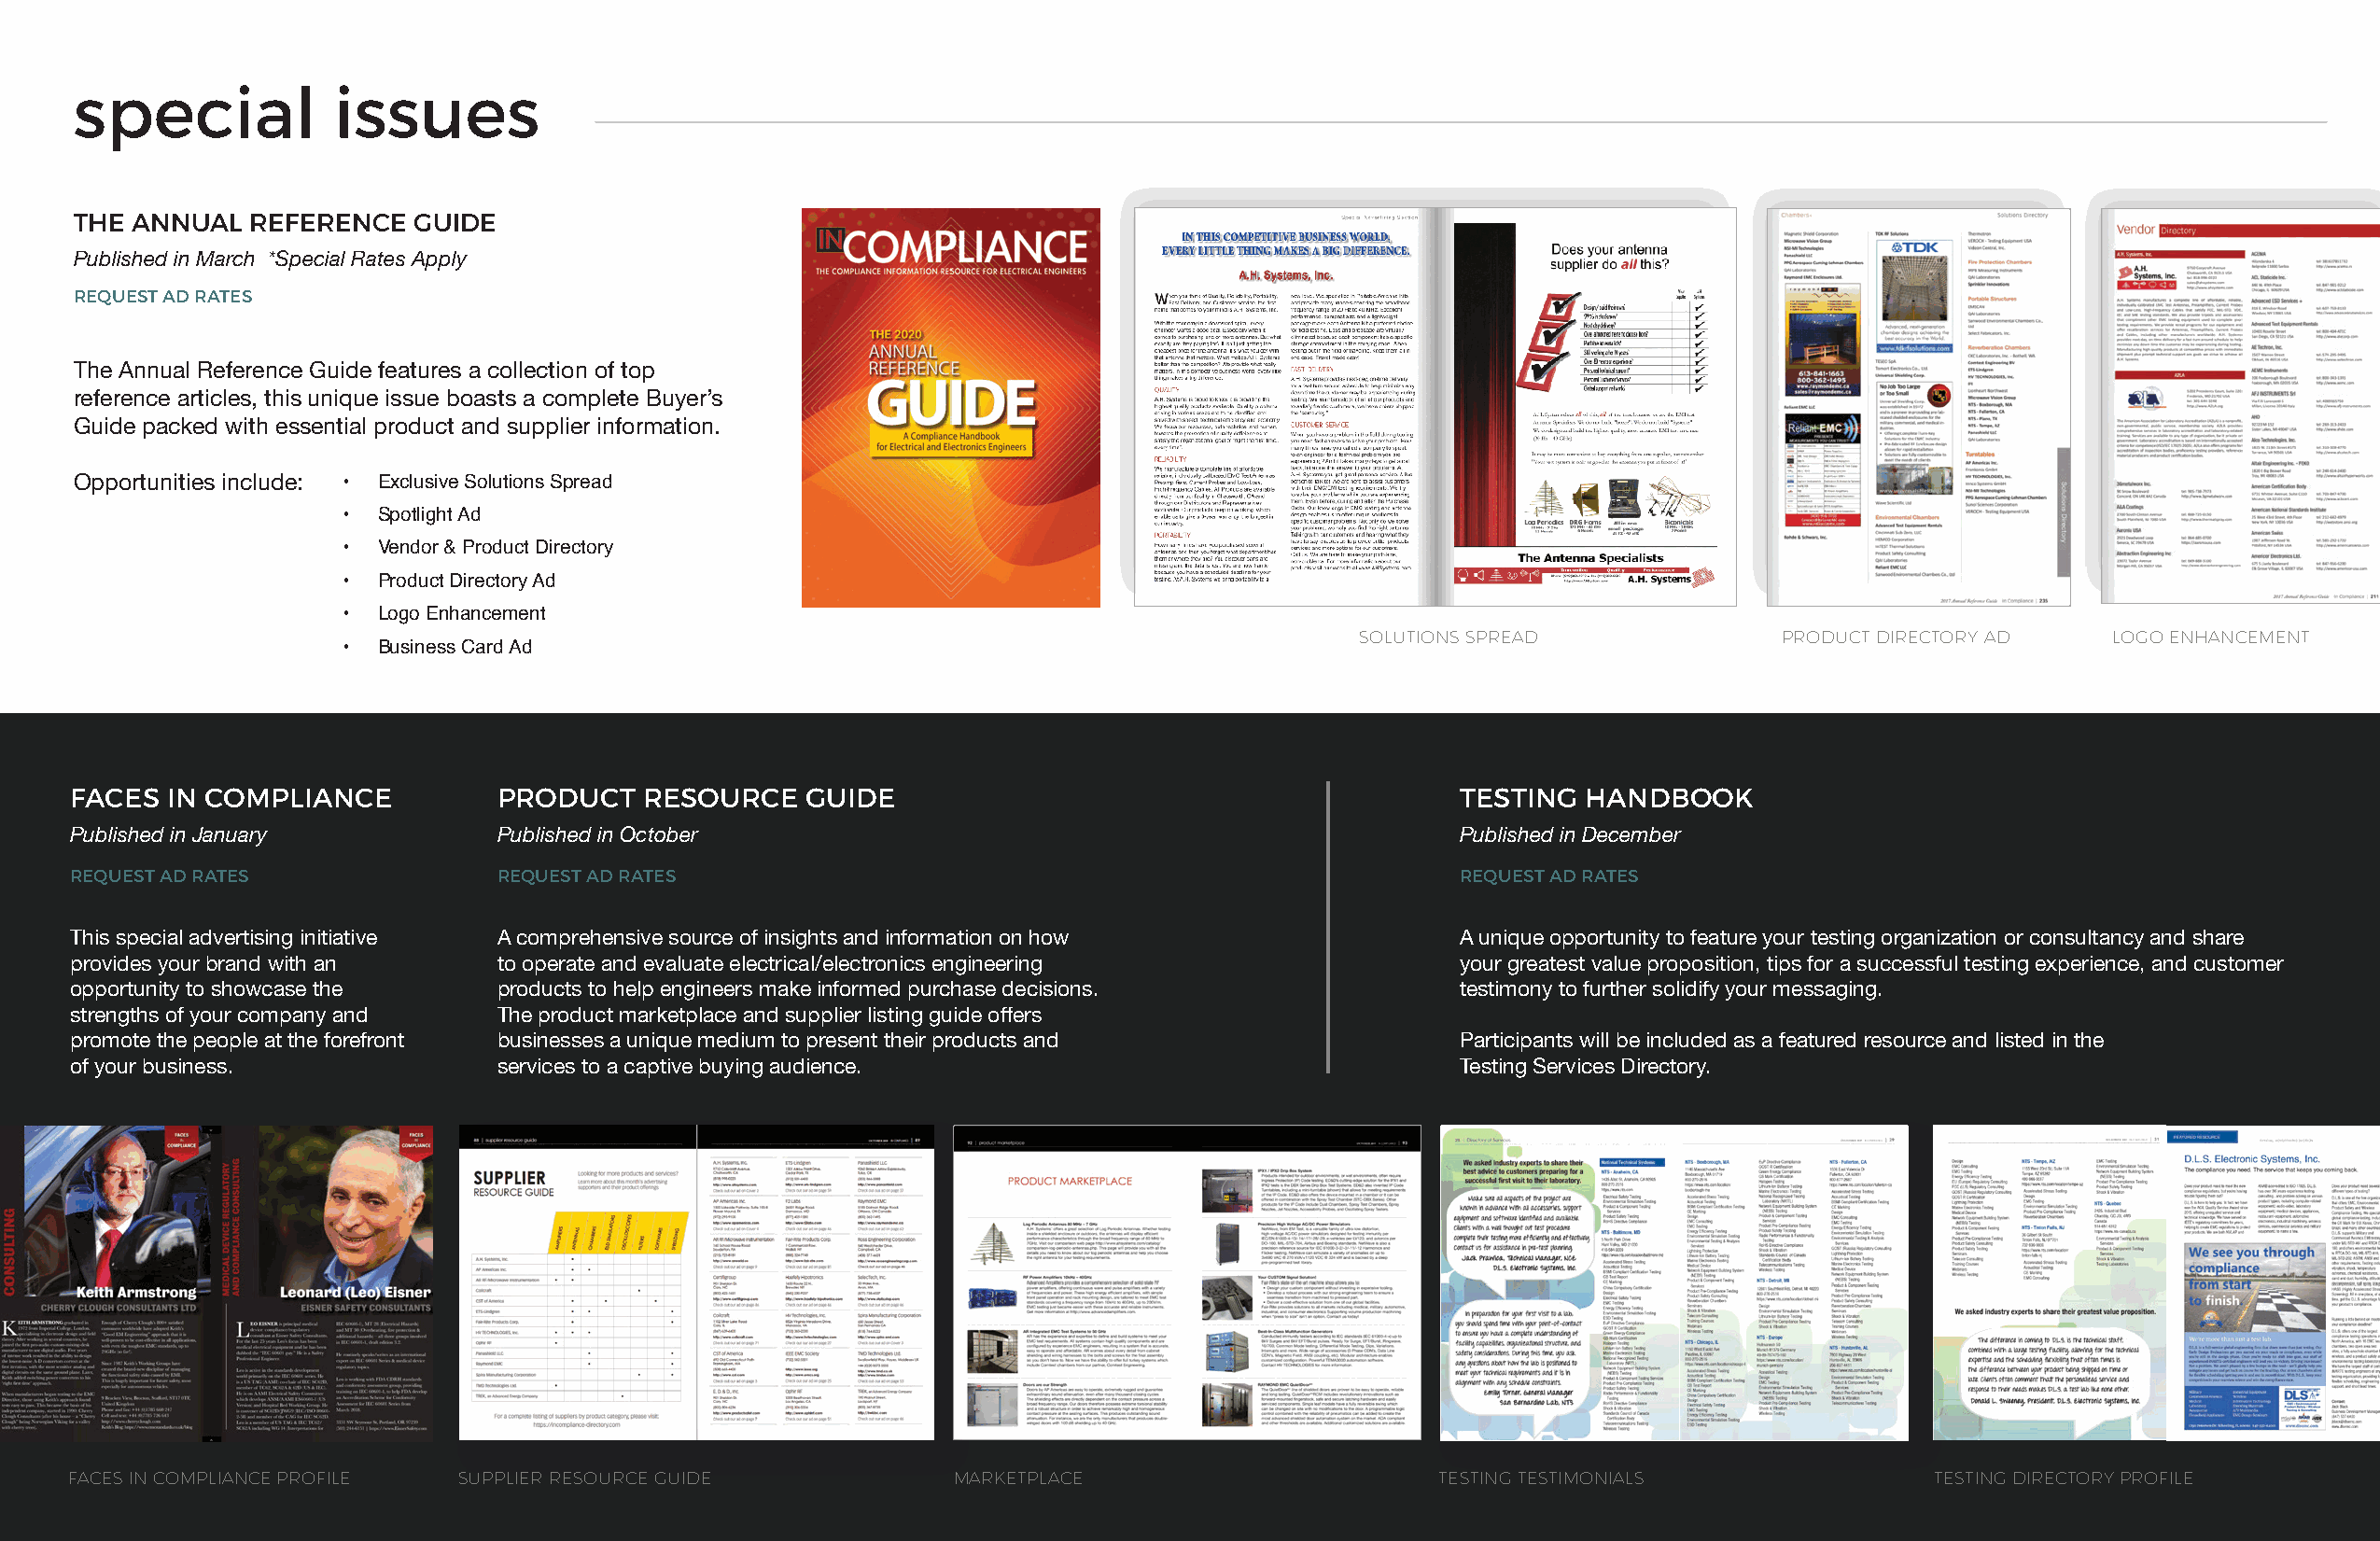
special            issues
 THE ANNUAL   REFERENCE  GUIDE
 Published in March *Special Rates Apply
 REQUEST AD RATES
 The Annual Reference Guide features a collection of top
 reference articles, this unique issue boasts a complete Buyer’s
 Guide packed with essential product and supplier information.
 Opportunities include: • Exclusive Solutions Spread
 •  Spotlight Ad
 •  Vendor & Product Directory
 •  Product Directory Ad
 •  Logo Enhancement
 SOLUTIONS SPREAD              PRODUCT DIRECTORY AD    LOGO ENHANCEMENT
 •  Business Card Ad
 FACES  IN COMPLIANCE          PRODUCT    RESOURCE   GUIDE                                          TESTING HANDBOOK
 Published in January          Published in October                                                 Published in December
 REQUEST AD RATES              REQUEST AD RATES                                                     REQUEST AD RATES
 This special advertising initiative A comprehensive source of insights and information on how      A unique opportunity to feature your testing organization or consultancy and share
 provides your brand with an   to operate and evaluate electrical/electronics engineering           your greatest value proposition, tips for a successful testing experience, and customer
 opportunity to showcase the   products to help engineers make informed purchase decisions.         testimony to further solidify your messaging.
 strengths of your company and The product marketplace and supplier listing guide offers
 promote the people at the forefront businesses a unique medium to present their products and       Participants will be included as a featured resource and listed in the
 of your business.             services to a captive buying audience.                               Testing Services Directory.
 FACES IN COMPLIANCE PROFILE SUPPInL CIEomR pRliaEnScOe MUeRdCiaE K iGt U| 1I6DE MARKETPLACE      TESTING TESTIMONIALS In Compliance Media Kit | 17 TESTING DIRECTORY PROFILE